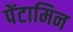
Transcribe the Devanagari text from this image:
पेंटामिन